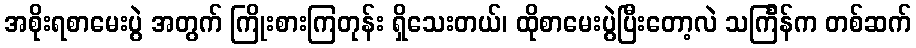
အစိုးရစာမေးပွဲ အတွက် ကြိုးစားကြတုန်း ရှိသေးတယ်၊ ထိုစာမေးပွဲပြီးတော့လဲ သင်္ကြန်က တစ်ဆက်